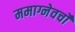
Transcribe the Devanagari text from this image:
ममाग्नेवर्चो